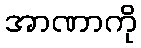
အာဏာကို